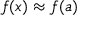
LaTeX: f ( x ) \approx f ( a )